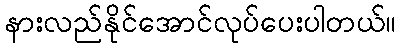
နားလည်နိုင်အောင်လုပ်ပေးပါတယ်။